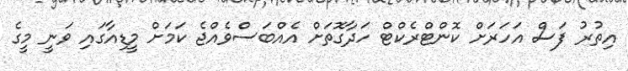
އިތުރު ފަސް އަހަރަށް ކޮންޓްރެކްޓް ހަދާގޮތަށް އެއްބަސްވެއްޖެ ކަމަށް މީޑިއާގައި ވަނީ މީގެ